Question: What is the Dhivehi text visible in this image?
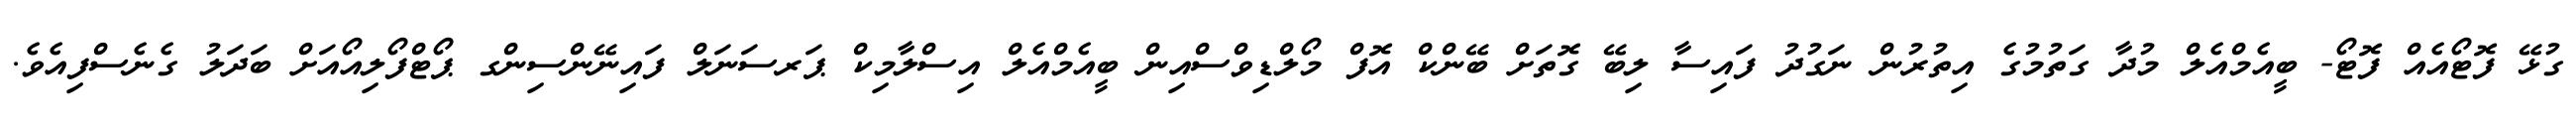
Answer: ގުޅޭ ފޮޓޯއެއް ފޮޓޯ- ބީއެމްއެލް މުދާ ގަތުމުގެ އިތުރުން ނަގުދު ފައިސާ ލިބޭ ގޮތަށް ބޭންކް އޮފް މޯލްޑިވްސްއިން ބީއެމްއެލް އިސްލާމިކް ޕަރސަނަލް ފައިނޭންސިންގ ޕޯޓްފޯލިއޯއަށް ބަދަލު ގެނެސްފިއެވެ.